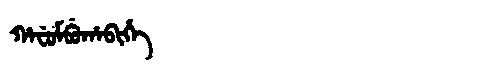
Manchu: ᡥᠠᠸᡠᠮᠪᡠᡥᠠᠪᡳᡥᡝ
Romanization: HAFUMBUHABIHE